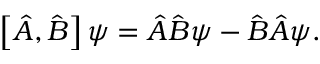
\left[ { \hat { A } } , { \hat { B } } \right] \psi = { \hat { A } } { \hat { B } } \psi - { \hat { B } } { \hat { A } } \psi .